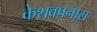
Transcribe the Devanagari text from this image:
केशवपनास